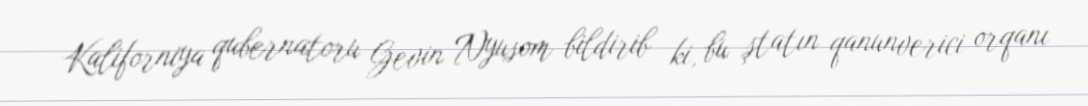
Kaliforniya qubernatoru Gevin Nyusom bildirib ki, bu ştatın qanunverici orqanı